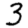
Digit: 3